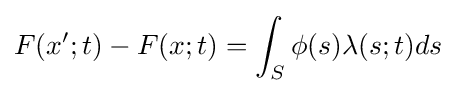
F(x';t)-F(x;t)=\int _{S}\phi (s)\lambda (s;t)ds